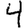
Digit: 4